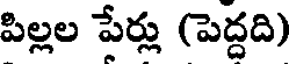
పిల్లల పేర్లు (పెద్దది)